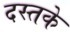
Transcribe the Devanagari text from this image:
दस्तके